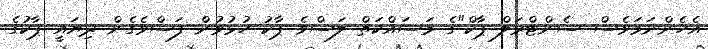
އެހެންނަމަވެސް ސެންޓްރަލް ޕާކް"ގެ މަސައްކަތް ލަސްވެ ޕާކު ހުޅުވުން ފަސްވެގެން ދިޔައީ ޕާކުގެ